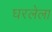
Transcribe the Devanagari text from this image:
घरलेला